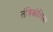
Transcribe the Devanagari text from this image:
तंत्रिकोशिका